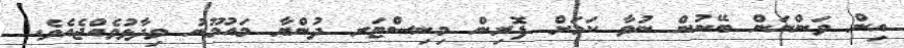
އިން ވަންނަން ބޭނުން ނުވާ ކަމަށް ފޮރިން މިނިސްޓަރ ދުންޔާ މައުމޫނު ވިދާޅުވެއްޖެއެވެ.